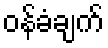
ဝန်ခံချက်